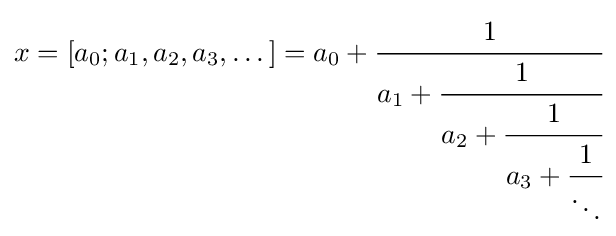
x=[a_{0};a_{1},a_{2},a_{3},\dots ]=a_{0}+{\cfrac {1}{a_{1}+{\cfrac {1}{a_{2}+{\cfrac {1}{a_{3}+{\cfrac {1}{\ddots }}}}}}}}